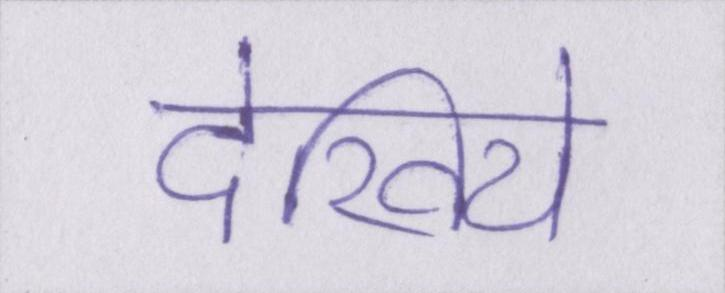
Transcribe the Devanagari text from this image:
देखिये